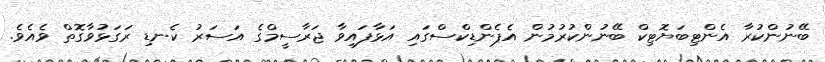
ބޭނުންކުރާ އެންޓިބަޔޮޓިކް ބޭނުންކުރުމުން އެޕެންޑިކްސްގައި އަޅާފައިވާ ޖަރާސީމްގެ އަސަރު ކެނޑި ރަގަޅުވާގޮތް ވެއެވެ.